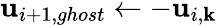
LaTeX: \mathbf{u}_{i+1,ghost}\leftarrow-\mathbf{u}_{i,\mathbf{k}}